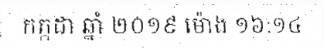
កក្កដា ឆ្នាំ ២០១៩ ម៉ោង ១៦:១៤